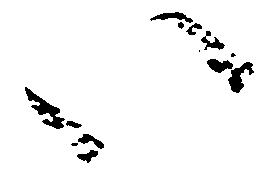
い